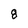
Character: 8